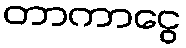
တာကာငွေ